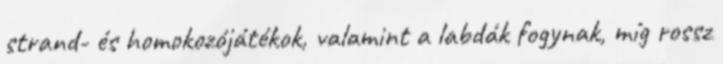
strand- és homokozójátékok, valamint a labdák fogynak, míg rossz